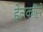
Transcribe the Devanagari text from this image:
हेलकॉप्टरे